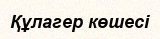
Құлагер көшесі